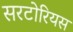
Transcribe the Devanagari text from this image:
सरटोरियस